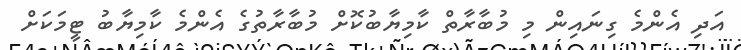
އަދި އެންމެ ގިނައިން މި މުބާރާތް ކާމިޔާބުކޮށް މުބާރާތުގެ އެންމެ ކާމިޔާބު ޓީމަކަށް